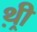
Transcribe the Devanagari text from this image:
थ़्री